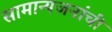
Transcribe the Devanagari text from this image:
सामान्यजनांची